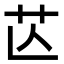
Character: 𦬆